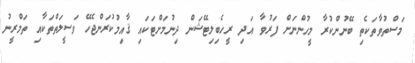
މަސްތުވާތަކެތި ބޭނުންކުރާ މީހުންނަށް ފަރުވާ އަދި ރީހެބިލިޓޭޝަން ދިނުމަށްޓަކައި ޤާއިމުކުރަންޖެހޭ ވަސީލަތްތަކާއި ތަމްރީނު